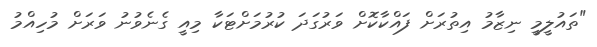
"ތައުލީމީ ނިޒާމު އިތުރަށް ފައްކާކޮށް ވަރުގަދަ ކުރުމަށްޓަކާ މިއީ ގެނެވުނު ވަރަށް މުހިއްމު